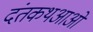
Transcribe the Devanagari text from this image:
दंतकथआओं